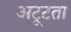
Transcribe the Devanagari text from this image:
अटूटता